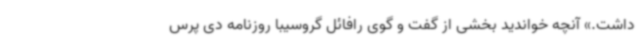
داشت.» آنچه خواندید بخشی از گفت و گوی رافائل گروسیبا روزنامه دی پرس